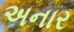
અનાર